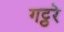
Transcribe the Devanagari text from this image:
गट्ठरे